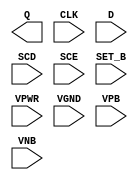
module sky130_fd_sc_hdll__sdfstp (
    Q    ,
    CLK  ,
    D    ,
    SCD  ,
    SCE  ,
    SET_B,
    VPWR ,
    VGND ,
    VPB  ,
    VNB
);

    output Q    ;
    input  CLK  ;
    input  D    ;
    input  SCD  ;
    input  SCE  ;
    input  SET_B;
    input  VPWR ;
    input  VGND ;
    input  VPB  ;
    input  VNB  ;
endmodule